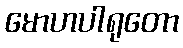
မောဟပါရုတော